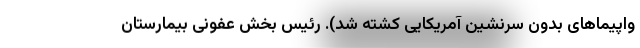
واپیماهای بدون سرنشین آمریکایی کشته شد). رئیس بخش عفونی بیمارستان